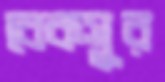
বেকসুর